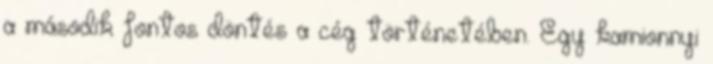
a második fontos döntés a cég történetében. Egy kamionnyi